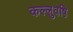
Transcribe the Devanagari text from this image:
कल्लुवष़ि